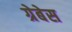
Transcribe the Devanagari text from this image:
ग्रेबेस